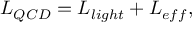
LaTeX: { \cal L } _ { Q C D } = { \cal L } _ { l i g h t } + { \cal L } _ { e f f } ,